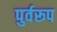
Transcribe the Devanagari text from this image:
पुर्वरूप